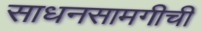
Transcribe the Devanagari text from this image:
साधनसामगीची